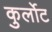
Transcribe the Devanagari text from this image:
कुर्लोट